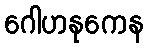
ဂေါဟနုကေန